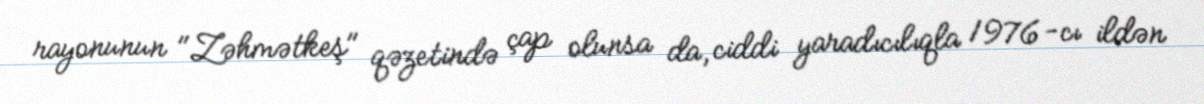
rayonunun "Zəhmətkeş" qəzetində çap olunsa da, ciddi yaradıcılıqla 1976-cı ildən